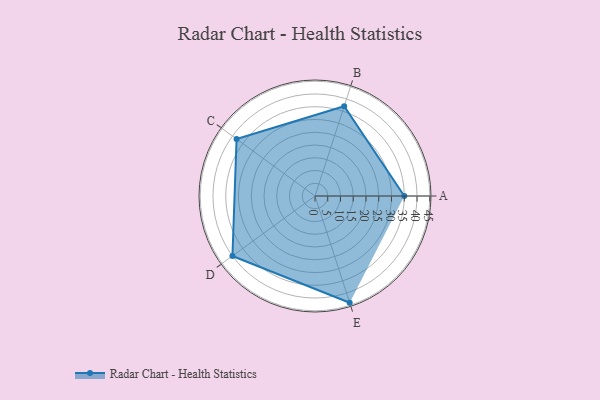
{"axis": {"x": "Skill", "y": "Score"}, "legend": ["Profile"], "data": [{"x": "A", "y": 35.0, "type": "Profile"}, {"x": "B", "y": 37.0, "type": "Profile"}, {"x": "C", "y": 38.0, "type": "Profile"}, {"x": "D", "y": 40.0, "type": "Profile"}, {"x": "E", "y": 44.0, "type": "Profile"}]}